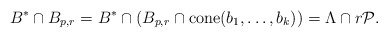
\begin{align*}B^* \cap B_{p,r} = B^* \cap (B_{p,r} \cap \mathrm{cone}(b_1, \dots, b_k)) = \Lambda \cap r \mathcal{P}.\end{align*}